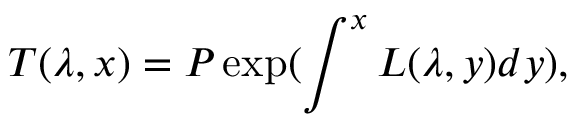
T ( \lambda , x ) = P \exp ( \int ^ { x } L ( \lambda , y ) d y ) ,